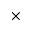
\times